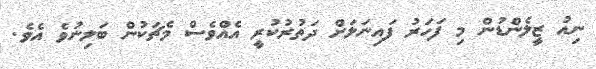
ނިއު ޒީލެންޑުން މި ފަހަރު ފައިނަލަށް ދަތުރުކުރީ އެއްވެސް މެޗަކުން ބަލިނުވެ އެވެ.